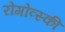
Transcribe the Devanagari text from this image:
रोगोव्स्की